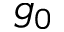
g _ { 0 }